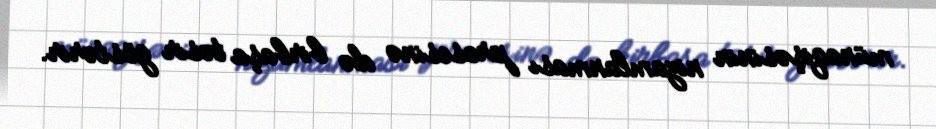
münaqişəsinin nizamlanması prosesinə də birbaşa təsir göstərir.